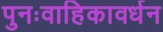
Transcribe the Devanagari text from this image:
पुनःवाहिकावर्धन